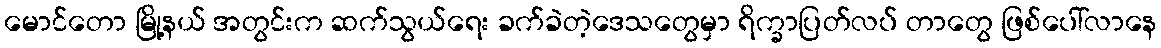
မောင်တော မြို့နယ် အတွင်းက ဆက်သွယ်ရေး ခက်ခဲတဲ့ဒေသတွေမှာ ရိက္ခာပြတ်လပ် တာတွေ ဖြစ်ပေါ်လာနေ